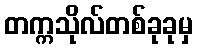
တက္ကသိုလ်တစ်ခုခုမှ